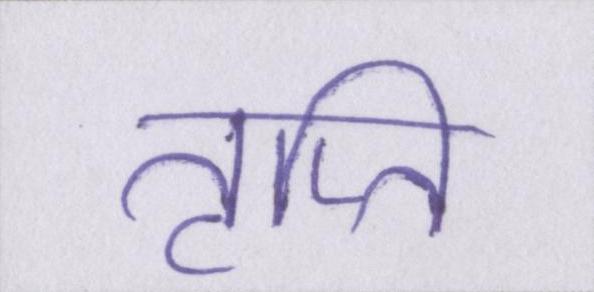
तृप्ति